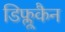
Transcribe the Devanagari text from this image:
डिफ्लूकैन